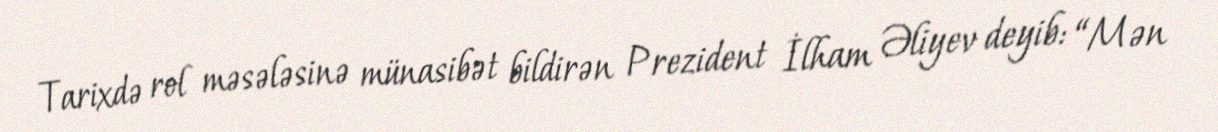
Tarixdə rol məsələsinə münasibət bildirən Prezident İlham Əliyev deyib: “Mən